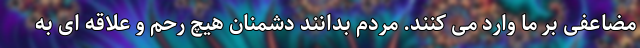
مضاعفی بر ما وارد می کنند. مردم بدانند دشمنان هیچ رحم و علاقه ای به